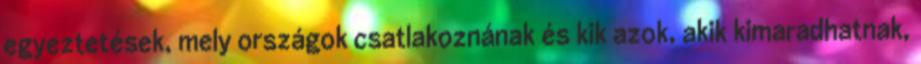
egyeztetések, mely országok csatlakoznának és kik azok, akik kimaradhatnak,